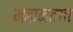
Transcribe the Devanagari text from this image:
महानताच